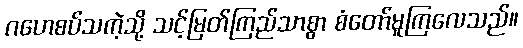
ဂဟေစပ်သကဲ့သို့ သင့်မြတ်ကြည်သာစွာ စံတော်မူကြလေသည်။